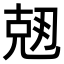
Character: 𠒘